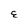
Character: E